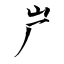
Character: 屵